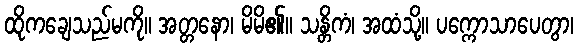
ထိုကချေသည်မကို။ အတ္တနော၊ မိမိ၏။ သန္တိကံ၊ အထံသို့။ ပက္ကောသာပေတွာ၊